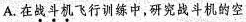
A. 在战斗机飞行训练中，研究战斗机的空